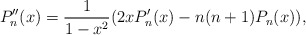
\begin{align*} P''_n(x) =\frac{1}{1-x^2}(2xP'_n(x) -n(n+1)P_n(x)), \end{align*}